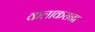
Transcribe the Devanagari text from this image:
कलाकरांना